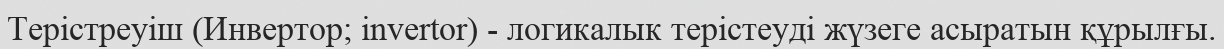
Терістреуіш (Инвертор; invertor) - логикалык терістеуді жүзеге асыратын құрылғы.